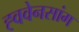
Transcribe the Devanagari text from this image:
ह्ववेनसांग